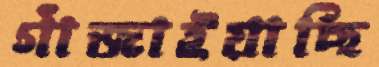
গাঁজাইয়াছি